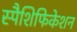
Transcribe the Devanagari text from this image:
स्पैशिफिकेशन